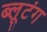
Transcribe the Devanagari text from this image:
ब्लूटंग